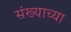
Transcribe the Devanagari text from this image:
संख्याच्या